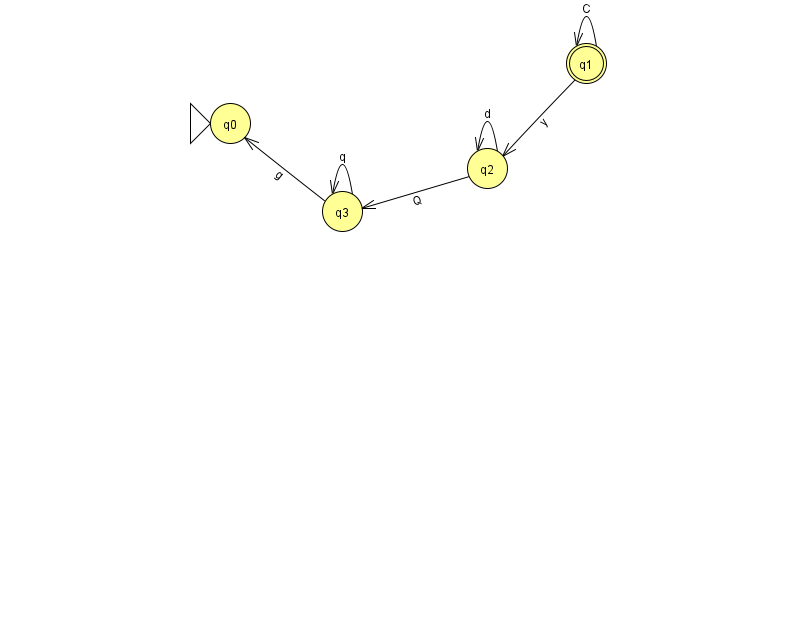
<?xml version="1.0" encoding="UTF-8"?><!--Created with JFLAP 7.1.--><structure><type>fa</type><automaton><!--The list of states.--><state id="0" name="q0"><x>230.0</x><y>110.0</y><initial/></state><state id="1" name="q1"><x>586.0</x><y>50.0</y><final/></state><state id="2" name="q2"><x>487.0</x><y>155.0</y></state><state id="3" name="q3"><x>342.0</x><y>198.0</y></state><!--The list of transitions.--><transition><from>3</from><to>0</to><read>g</read></transition><transition><from>3</from><to>3</to><read>q</read></transition><transition><from>1</from><to>1</to><read>C</read></transition><transition><from>2</from><to>3</to><read>Q</read></transition><transition><from>2</from><to>2</to><read>d</read></transition><transition><from>1</from><to>2</to><read>y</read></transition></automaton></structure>